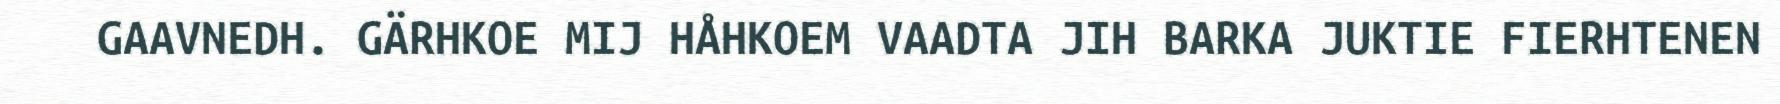
GAAVNEDH. GÄRHKOE MIJ HÅHKOEM VAADTA JIH BARKA JUKTIE FIERHTENEN